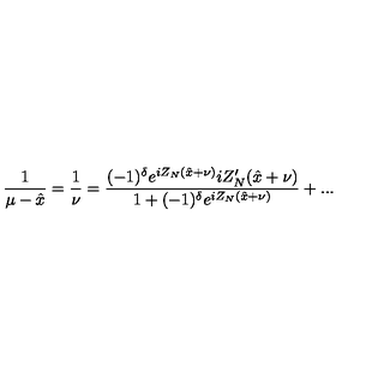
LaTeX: \displaystyle \frac { 1 } { \mu - \hat { x } } = \displaystyle \frac { 1 } { \nu } = \displaystyle \frac { ( - 1 ) ^ { \delta } e ^ { i Z _ { N } ( \hat { x } + \nu ) } i Z _ { N } ^ { \prime } ( \hat { x } + \nu ) } { 1 + ( - 1 ) ^ { \delta } e ^ { i Z _ { N } ( \hat { x } + \nu ) } } + . . .